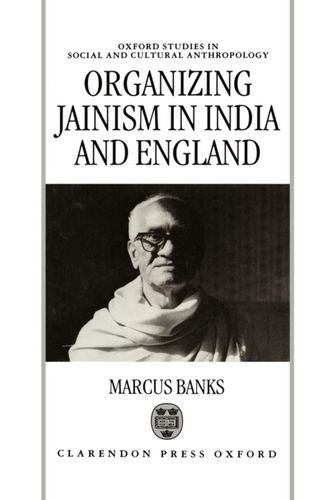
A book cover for Organizing Jainism in India and England (Oxford Studies in Social and Cultural Anthropology); Marcus Banks; Religion & Spirituality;